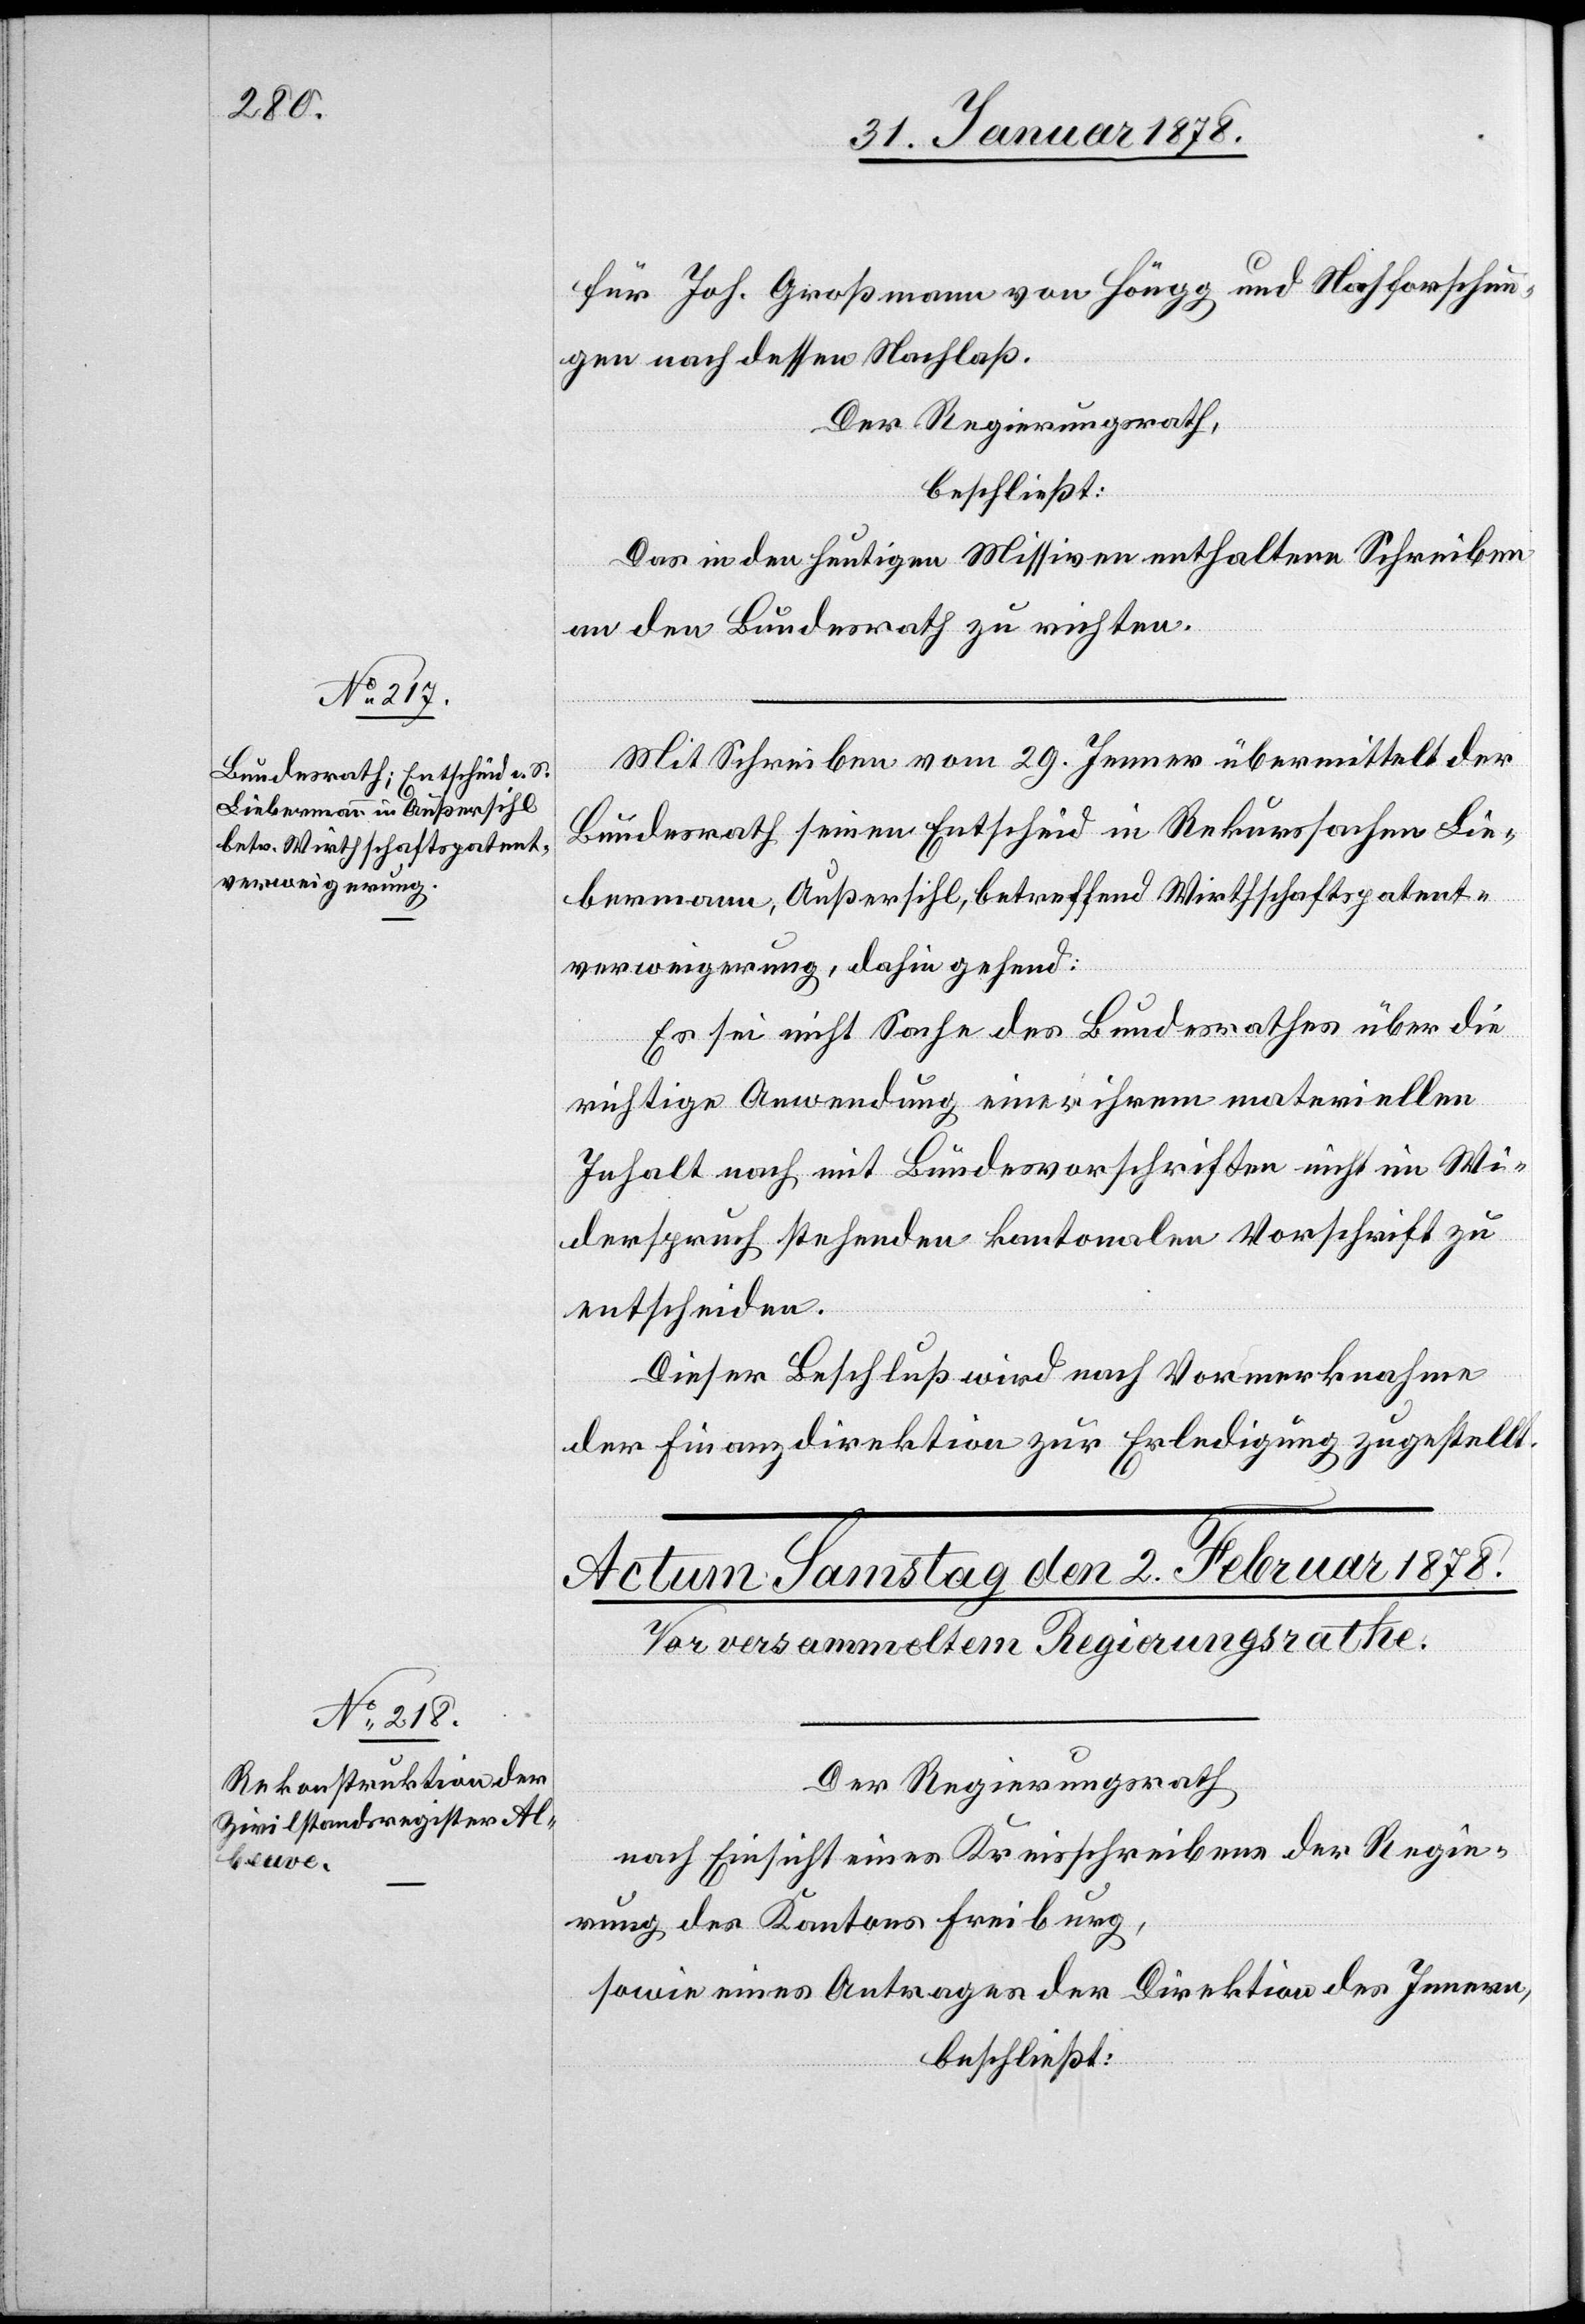
31. Januar 1878.]
für Joh. Großmann von Höngg und Nachforschun¬
gen nach dessen Nachlaß.
Der Regierungsrath,
beschließt:
Das in den heutigen Missiven enthaltene Schreiben
an den Bundesrath zu richten.
Mit Schreiben vom 29. Jenner übermittelt der
Bundesrath seinen Entscheid in Rekurssachen Lie¬
bermann, Außersihl, betreffend Wirthschaftspatent¬
verweigerung, dahin gehend:
Es sei nicht Sache des Bundesrathes über die
richtige Anwendung einer ihrem materiellen
Inhalt nach mit Bundesvorschriften nicht im Wi¬
derspruch stehenden kantonalen Vorschrift zu
entscheiden.
Dieser Beschluß wird nach Vormerknahme
der Finanzdirektion zur Erledigung zugestellt.
Der Regierungsrath
nach Einsicht eines Antrages eines Kreisschreibens der Regie¬
rung des Kantons Freiburg,
sowie eines Antrages der Direktion des Innern,
beschließt: